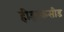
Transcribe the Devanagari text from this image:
हीड्राकसीड